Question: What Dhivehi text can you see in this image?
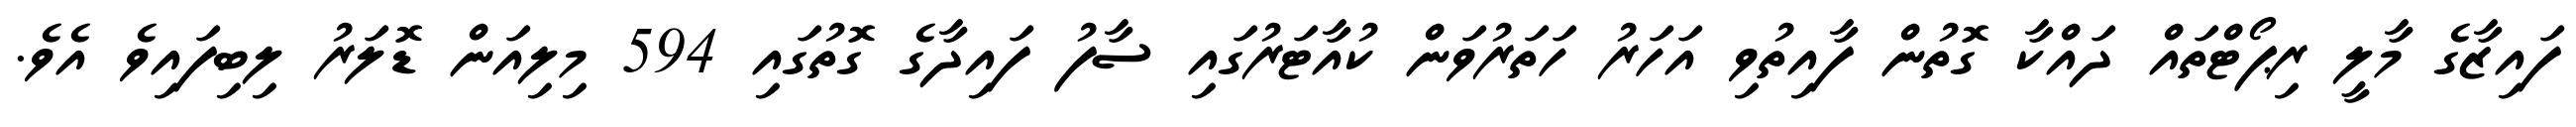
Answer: ފައިޒާގެ މާލީ ރިޕޯޓްތައް ދައްކާ ގޮތުން ފާއިތުވި އަހަރު ހަތަރުވަން ކުއާޓަރުގައި ސާފު ފައިދާގެ ގޮތުގައި 594 މިލިއަން ޑޮލަރު ލިބިފައިވެ އެވެ.